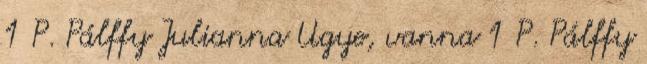
1 P. Pálffy Julianna Ugye, vanna 1 P. Pálffy